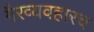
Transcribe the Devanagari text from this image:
गैरव्यवहारच